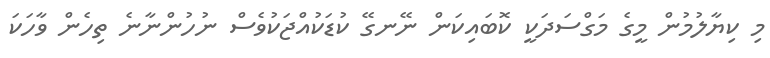
މި ކިޔާލުމުން މީގެ މަގްސަދަކީ ކޮބައިކަން ނޭނގޭ ކުޑަކުއްޖަކުވެސް ނުހުންނާނެ ތިހެން ވާހަކަ